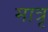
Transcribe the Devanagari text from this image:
मात्रृ